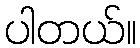
ပါတယ်။